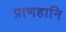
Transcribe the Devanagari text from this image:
प्राणहानि